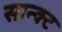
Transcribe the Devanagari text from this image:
सान्क्ट